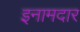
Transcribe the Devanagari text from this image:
इनामदार